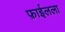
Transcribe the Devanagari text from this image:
फ़ाईलला